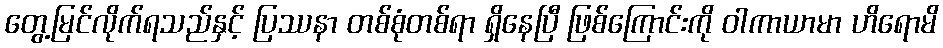
တွေ့မြင်လိုက်ရသည်နှင့် ပြဿနာ တစ်စုံတစ်ရာ ရှိနေပြီ ဖြစ်ကြောင်းကို ဝါကာယာမာ ဟိရောမိ